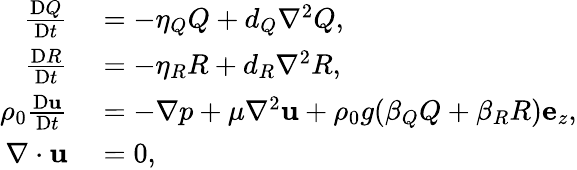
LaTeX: \begin{array}{rl}{\frac{\mathrm{D}Q}{\mathrm{D}t}}&{{}=-\eta_{Q}Q+d_{Q}\nabla^{2}Q,}\\ {\frac{\mathrm{D}R}{\mathrm{D}t}}&{{}=-\eta_{R}R+d_{R}\nabla^{2}R,}\\ {\rho_{0}\frac{\mathrm{D}\mathbf{u}}{\mathrm{D}t}}&{{}=-\nabla p+\mu\nabla^{2}\mathbf{u}+\rho_{0}g(\beta_{Q}Q+\beta_{R}R)\mathbf{e}_{z},}\\ {\nabla\cdot\mathbf{u}}&{{}=0,}\end{array}